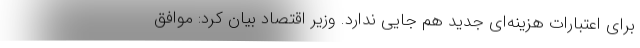
برای اعتبارات هزینه‌ای جدید هم جایی ندارد. وزیر اقتصاد بیان کرد: موافق